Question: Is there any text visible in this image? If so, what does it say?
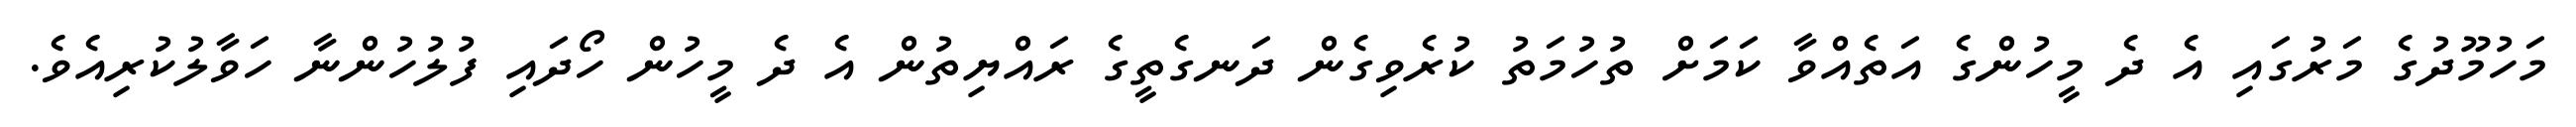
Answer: މަހުމޫދުގެ މަރުގައި އެ ދެ މީހުންގެ އަތެއްވާ ކަމަށް ތުހުމަތު ކުރެވިގެން ދަނގެތީގެ ރައްޔިތުން އެ ދެ މީހުން ހޯދައި ފުލުހުންނާ ހަވާލުކުރިއެވެ.